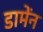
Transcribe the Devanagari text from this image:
डामेंन